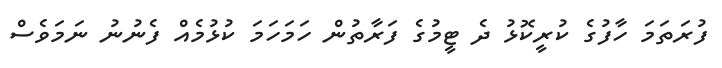
ފުރަތަމަ ހާފުގެ ކުރީކޮޅު ދެ ޓީމުގެ ފަރާތުން ހަމަހަމަ ކުޅުމެއް ފެނުނު ނަމަވެސް